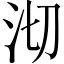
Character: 沏